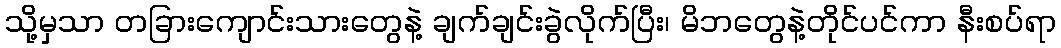
သို့မှသာ တခြားကျောင်းသားတွေနဲ့ ချက်ချင်းခွဲလိုက်ပြီး၊ မိဘတွေနဲ့တိုင်ပင်ကာ နီးစပ်ရာ